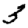
Digit: 3